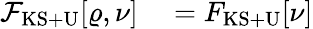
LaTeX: \begin{array}{rl}{{\cal F}_{\mathrm{KS+U}}[\varrho,\nu]}&{{}=F_{\mathrm{KS+U}}[\nu]}\end{array}